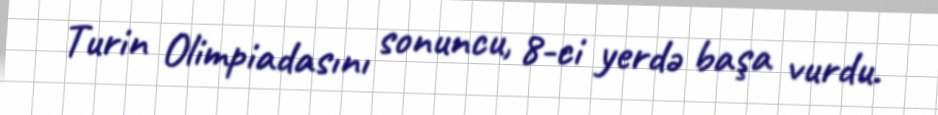
Turin Olimpiadasını sonuncu, 8-ci yerdə başa vurdu.